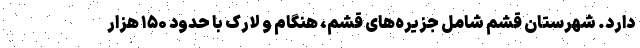
دارد. شهرستان قشم شامل جزیره‌های قشم، هنگام و لارک با حدود ۱۵۰ هزار